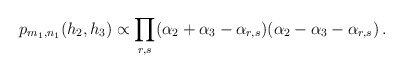
\begin{align*}p_{m_1,n_1}(h_2, h_3) \propto \prod_{r,s} (\alpha_2 + \alpha_3 - \alpha_{r,s}) (\alpha_2 - \alpha_3 - \alpha_{r,s})\,.\end{align*}